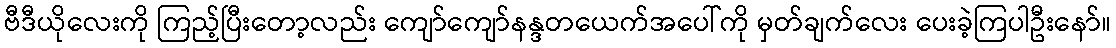
ဗီဒီယိုလေးကို ကြည့်ပြီးတော့လည်း ကျော်ကျော်နန္ဒတယေက်အပေါ်ကို မှတ်ချက်လေး ပေးခဲ့ကြပါဦးနော်။